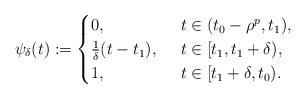
\begin{align*}\psi_\delta(t):=\begin{cases}0,&\,\,\,t \in (t_0-\rho^p, t_1), \\\frac{1}{\delta}(t-t_1), &\,\,\,t \in [t_1, t_1+\delta),\\1,&\,\,\,t \in [t_1+\delta, t_0).\end{cases}\end{align*}